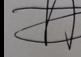
Signature authenticity: genuine